Lunatic asylums Central Provinces reports 1910-1926 - 1910-1926
Year: 1910
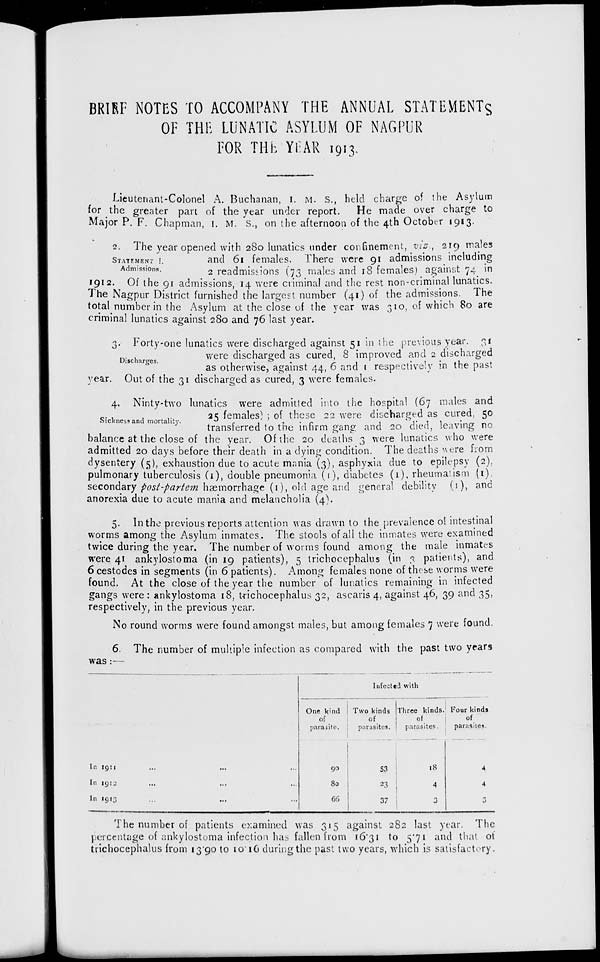
BRIEF NOTES TO ACCOMPANY THE ANNUAL STATEMENTS
OF THE LUNATIC ASYLUM OF NAGPUR
FOR THE YEAR 1913.
Lieutenant-Colonel A. Buchanan, I. M. S., held charge of the Asylum
for the greater part of the year under report.
He made over charge to
Major P. F. Chapman, I. M. S., on the afternoon of the 4th October 1913.
STATEMENT I.
Admissions.
2. The year opened with 280 lunatics under confinement, viz., 219 males
and 61 females. There were 91 admissions including
2 readmissions (73 males and 18 females) against 74 in
1912.
Of the 91 admissions, 14 were criminal and the rest non-criminal lunatics.
The Nagpur District furnished the largest number (41) of the admissions. The
total number in the Asylum at the close of the year was 310, of which 80 are
criminal lunatics against 280 and 76 last year.
Discharges.
3. Forty-one lunatics were discharged against 51 in the previous year. 31
were discharged as cured, 8 improved and 2 discharged
as otherwise, against 44, 6 and 1 respectively in the past
year. Out of the 31 discharged as cured, 3 were females.
Sickness and mortality.
4. Ninty-two lunatics were admitted into the hospital (67 males and
25 females) ; of these 22 were discharged as cured, 50
transferred to the infirm gang and 20 died, leaving no
balance at the close of the year. Of the 20 deaths 3 were lunatics who were
admitted 20 days before their death in a dying condition. The deaths were from
dysentery (5), exhaustion due to acute mania (3), asphyxia due to epilepsy (2),
pulmonary tuberculosis (1), double pneumonia (1), diabetes (1), rheumatism (1),
secondary post-partem hæmorrhage (1), old age and general debility (1), and
anorexia due to acute mania and melancholia (4).
5. In the previous reports attention was drawn to the prevalence of intestinal
worms among the Asylum inmates. The stools of all the inmates were examined
twice during the year. The number of worms found among the male inmates
were 41 ankylostoma (in 19 patients), 5 trichocephalus (in 3 patients), and
6 cestodes in segments (in 6 patients). Among females none of these worms were
found. At the close of the year the number of lunatics remaining in infected
gangs were : ankylostoma 18, trichocephalus 32, ascaris 4, against 46, 39 and 35,
respectively, in the previous year.
No round worms were found amongst males, but among females 7 were found.
6. The number of multiple infection as compared with the past two years
was:—
In 1911 ... ... ...
In 1912 ... ... ...
In 1913 ... ... ...
Infected with
One kind
of
parasite.
90
80
66
Two kinds
of
parasites.
53
23
37
Three kinds,
of
parasites.
18
4
3
Four kinds
of
parasites.
4
4
3
The number of patients examined was 315 against 282 last year. The
percentage of ankylostoma infection has fallen from 16.31 to 5.71 and that of
trichocephalus from 13.90 to 10.16 during the past two years, which is satisfactory